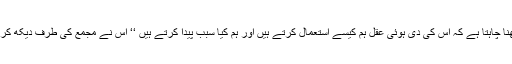
وہ تو غالباً یہ دیکھنا چاہتا ہے کہ اس کی دی ہوئی عقل ہم کیسے استعمال کرتے ہیں اور ہم کیا سبب پیدا کرتے ہیں ‘‘ اس نے مجمع کی طرف دیکھ کر بلند آواز سے کہا۔